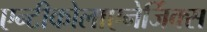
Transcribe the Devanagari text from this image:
एन्टीकोलाएनेर्जिक्स